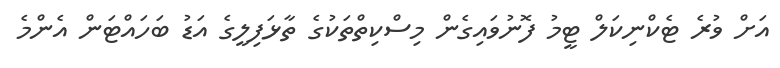
އަށް ވުރެ ޓެކްނިކަލް ޓީމު ފޮނުވައިގެން މިސްކިތްތަކުގެ ތާޅަފިލީގެ އަޑު ބަަހައްޓަން އެންމެ